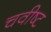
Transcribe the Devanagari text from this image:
चवीष्ट